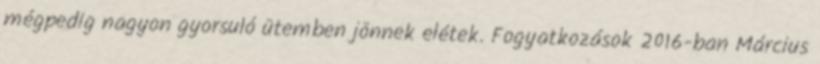
mégpedig nagyon gyorsuló ütemben jönnek elétek. Fogyatkozások 2016-ban Március